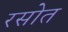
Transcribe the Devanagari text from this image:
रसोत